Indian journal of veterinary science and animal husbandry - Volumes 22-23, 1952-1953
Year: 1952
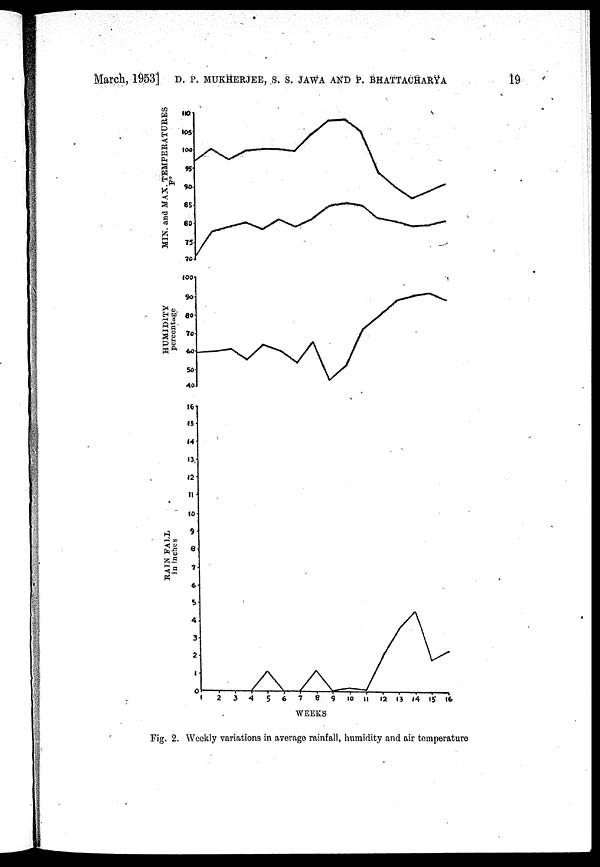
March, 1953]
D. P. MUKHERJEE, S. S. JAWA AND P. BHATTACHARYA
19
Fig. 2. Weekly variations in average rainfall, humidity and air temperature